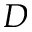
D